Civil Veterinary Dept. Bombay admin report 1900-1906 - 1900-1906
Year: 1900
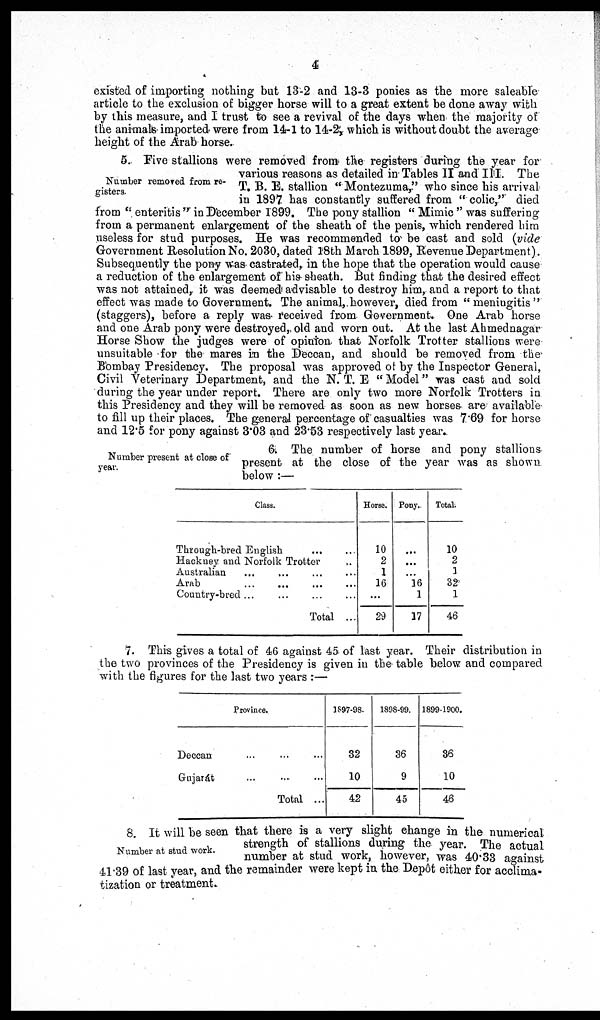
4
existed of importing nothing but 13-2 and 13-3 ponies as the more saleable
article to the exclusion of bigger horse will to a great extent be done away with
by this measure, and I trust to see a revival of the days when the majority of
the animals imported were from 14-1 to 14-2, which is without doubt the average
height of the Arab horse.
Number removed from re-
gisters.
5. Five stallions were removed from the registers during the year for
various reasons as detailed in Tables II and III. The
T. B. E. stallion "Montezuma," who since his arrival
in 1897 has constantly suffered from "colic," died
from "enteritis" in December 1899. The pony stallion "Mimic" was suffering
from a permanent enlargement of the sheath of the penis, which rendered him
useless for stud purposes. He was recommended to be cast and sold (vide
Government Resolution No. 2030, dated 18th March 1899, Revenue Department).
Subsequently the pony was castrated, in the hope that the operation would cause
a reduction of the enlargement of his sheath. But finding that the desired effect
was not attained, it was deemed advisable to destroy him, and a report to that
effect was made to Government. The animal, however, died from "meningitis"
(staggers), before a reply was received from Government. One Arab horse
and one Arab pony were destroyed, old and worn out. At the last Ahmednagar
Horse Show the judges were of opinion that Norfolk Trotter stallions were
unsuitable for the mares in the Deccan, and should be removed from the
Bombay Presidency. The proposal was approved of by the Inspector General,
Civil Veterinary Department, and the N. T. E "Model" was cast and sold
during the year under report. There are only two more Norfolk Trotters in
this Presidency and they will be removed as soon as new horses are available
to fill up their places. The general percentage of casualties was 7.69 for horse
and 12.5 for pony against 3.03 and 23.53 respectively last year.
Number present at close of
year.
6. The number of horse and pony stallions
present at the close of the year was as shown
below:—
Class.
Through-bred English
...
...
Hackney and Norfolk Trotter ...
Australian ... ... ... ...
Arab
...
...
...
...
Country-bred ... ... ... ... ...
Total ...
Horse.
10
2
1
16
...
29
Pony.
...
...
...
16
1
17
Total.
10
2
1
32
1
46
7. This gives a total of 46 against 45 of last year. Their distribution in
the two provinces of the Presidency is given in the table below and compared
with the figures for the last two years:—
Province.
Deccan ... ... ...
Gujarát ... ... ...
Total ...
3897-98.
32
10
42
1898-99.
36
9
45
1899-1900.
36
10
46
Number at stud work.
8. It will be seen that there is a very slight change in the numerical
strength of stallions during the year. The actual
number at stud work, however, was 40.33 against
41.39 of last year, and the remainder were kept in the Depôt either for acclima-
tization or treatment.